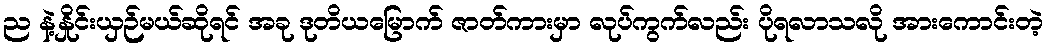
ည နဲ့နှိုင်းယှဉ်မယ်ဆိုရင် အခု ဒုတိယမြောက် ဇာတ်ကားမှာ လုပ်ကွက်လည်း ပိုရလာသလို အားကောင်းတဲ့